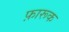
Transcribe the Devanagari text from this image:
फ़ारूक